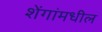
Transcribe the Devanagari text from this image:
शेंगांमधील